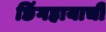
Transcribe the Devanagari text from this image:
छिंगहायाची